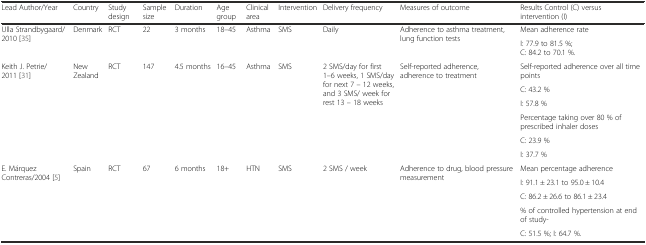
<table><thead><tr><td><b>Lead Author/Year</b></td><td><b>Country</b></td><td><b>Study design</b></td><td><b>Sample size</b></td><td><b>Duration</b></td><td><b>Age group</b></td><td><b>Clinical area</b></td><td><b>Intervention</b></td><td><b>Delivery frequency</b></td><td><b>Measures of outcome</b></td><td><b>Results Control (C) versus intervention (I)</b></td></tr></thead><tbody><tr><td rowspan="2">Ulla Strandbygaard/2010 [35]</td><td rowspan="2">Denmark</td><td rowspan="2">RCT</td><td rowspan="2">22</td><td rowspan="2">3 months</td><td rowspan="2">18–45</td><td rowspan="2">Asthma</td><td rowspan="2">SMS</td><td rowspan="2">Daily</td><td rowspan="2">Adherence to asthma treatment, lung function tests</td><td>Mean adherence rate</td></tr><tr><td>I: 77.9 to 81.5 %; C: 84.2 to 70.1 %.</td></tr><tr><td rowspan="6">Keith J. Petrie/2011 [31]</td><td rowspan="6">New Zealand</td><td rowspan="6">RCT</td><td rowspan="6">147</td><td rowspan="6">4.5 months</td><td rowspan="6">16–45</td><td rowspan="6">Asthma</td><td rowspan="6">SMS</td><td rowspan="6">2 SMS/day for first 1–6 weeks, 1 SMS/day for next 7 – 12 weeks, and 3 SMS/ week for rest 13 – 18 weeks</td><td rowspan="6">Self-reported adherence, adherence to treatment</td><td>Self-reported adherence over all time points</td></tr><tr><td>C: 43.2 %</td></tr><tr><td>I: 57.8 %</td></tr><tr><td>Percentage taking over 80 % of prescribed inhaler doses</td></tr><tr><td>C: 23.9 %</td></tr><tr><td>I: 37.7 %</td></tr><tr><td rowspan="5">E. Márquez Contreras/2004 [5]</td><td rowspan="5">Spain</td><td rowspan="5">RCT</td><td rowspan="5">67</td><td rowspan="5">6 months</td><td rowspan="5">18+</td><td rowspan="5">HTN</td><td rowspan="5">SMS</td><td rowspan="5">2 SMS / week</td><td rowspan="5">Adherence to drug, blood pressure measurement</td><td>Mean percentage adherence</td></tr><tr><td>I: 91.1 ± 23.1 to 95.0 ± 10.4</td></tr><tr><td>C: 86.2 ± 26.6 to 86.1 ± 23.4</td></tr><tr><td>% of controlled hypertension at end of study-</td></tr><tr><td>C: 51.5 %; I: 64.7 %.</td></tr></tbody></table>